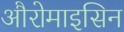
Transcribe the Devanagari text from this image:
औरोमाइसिन